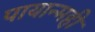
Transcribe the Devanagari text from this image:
पायान्मही